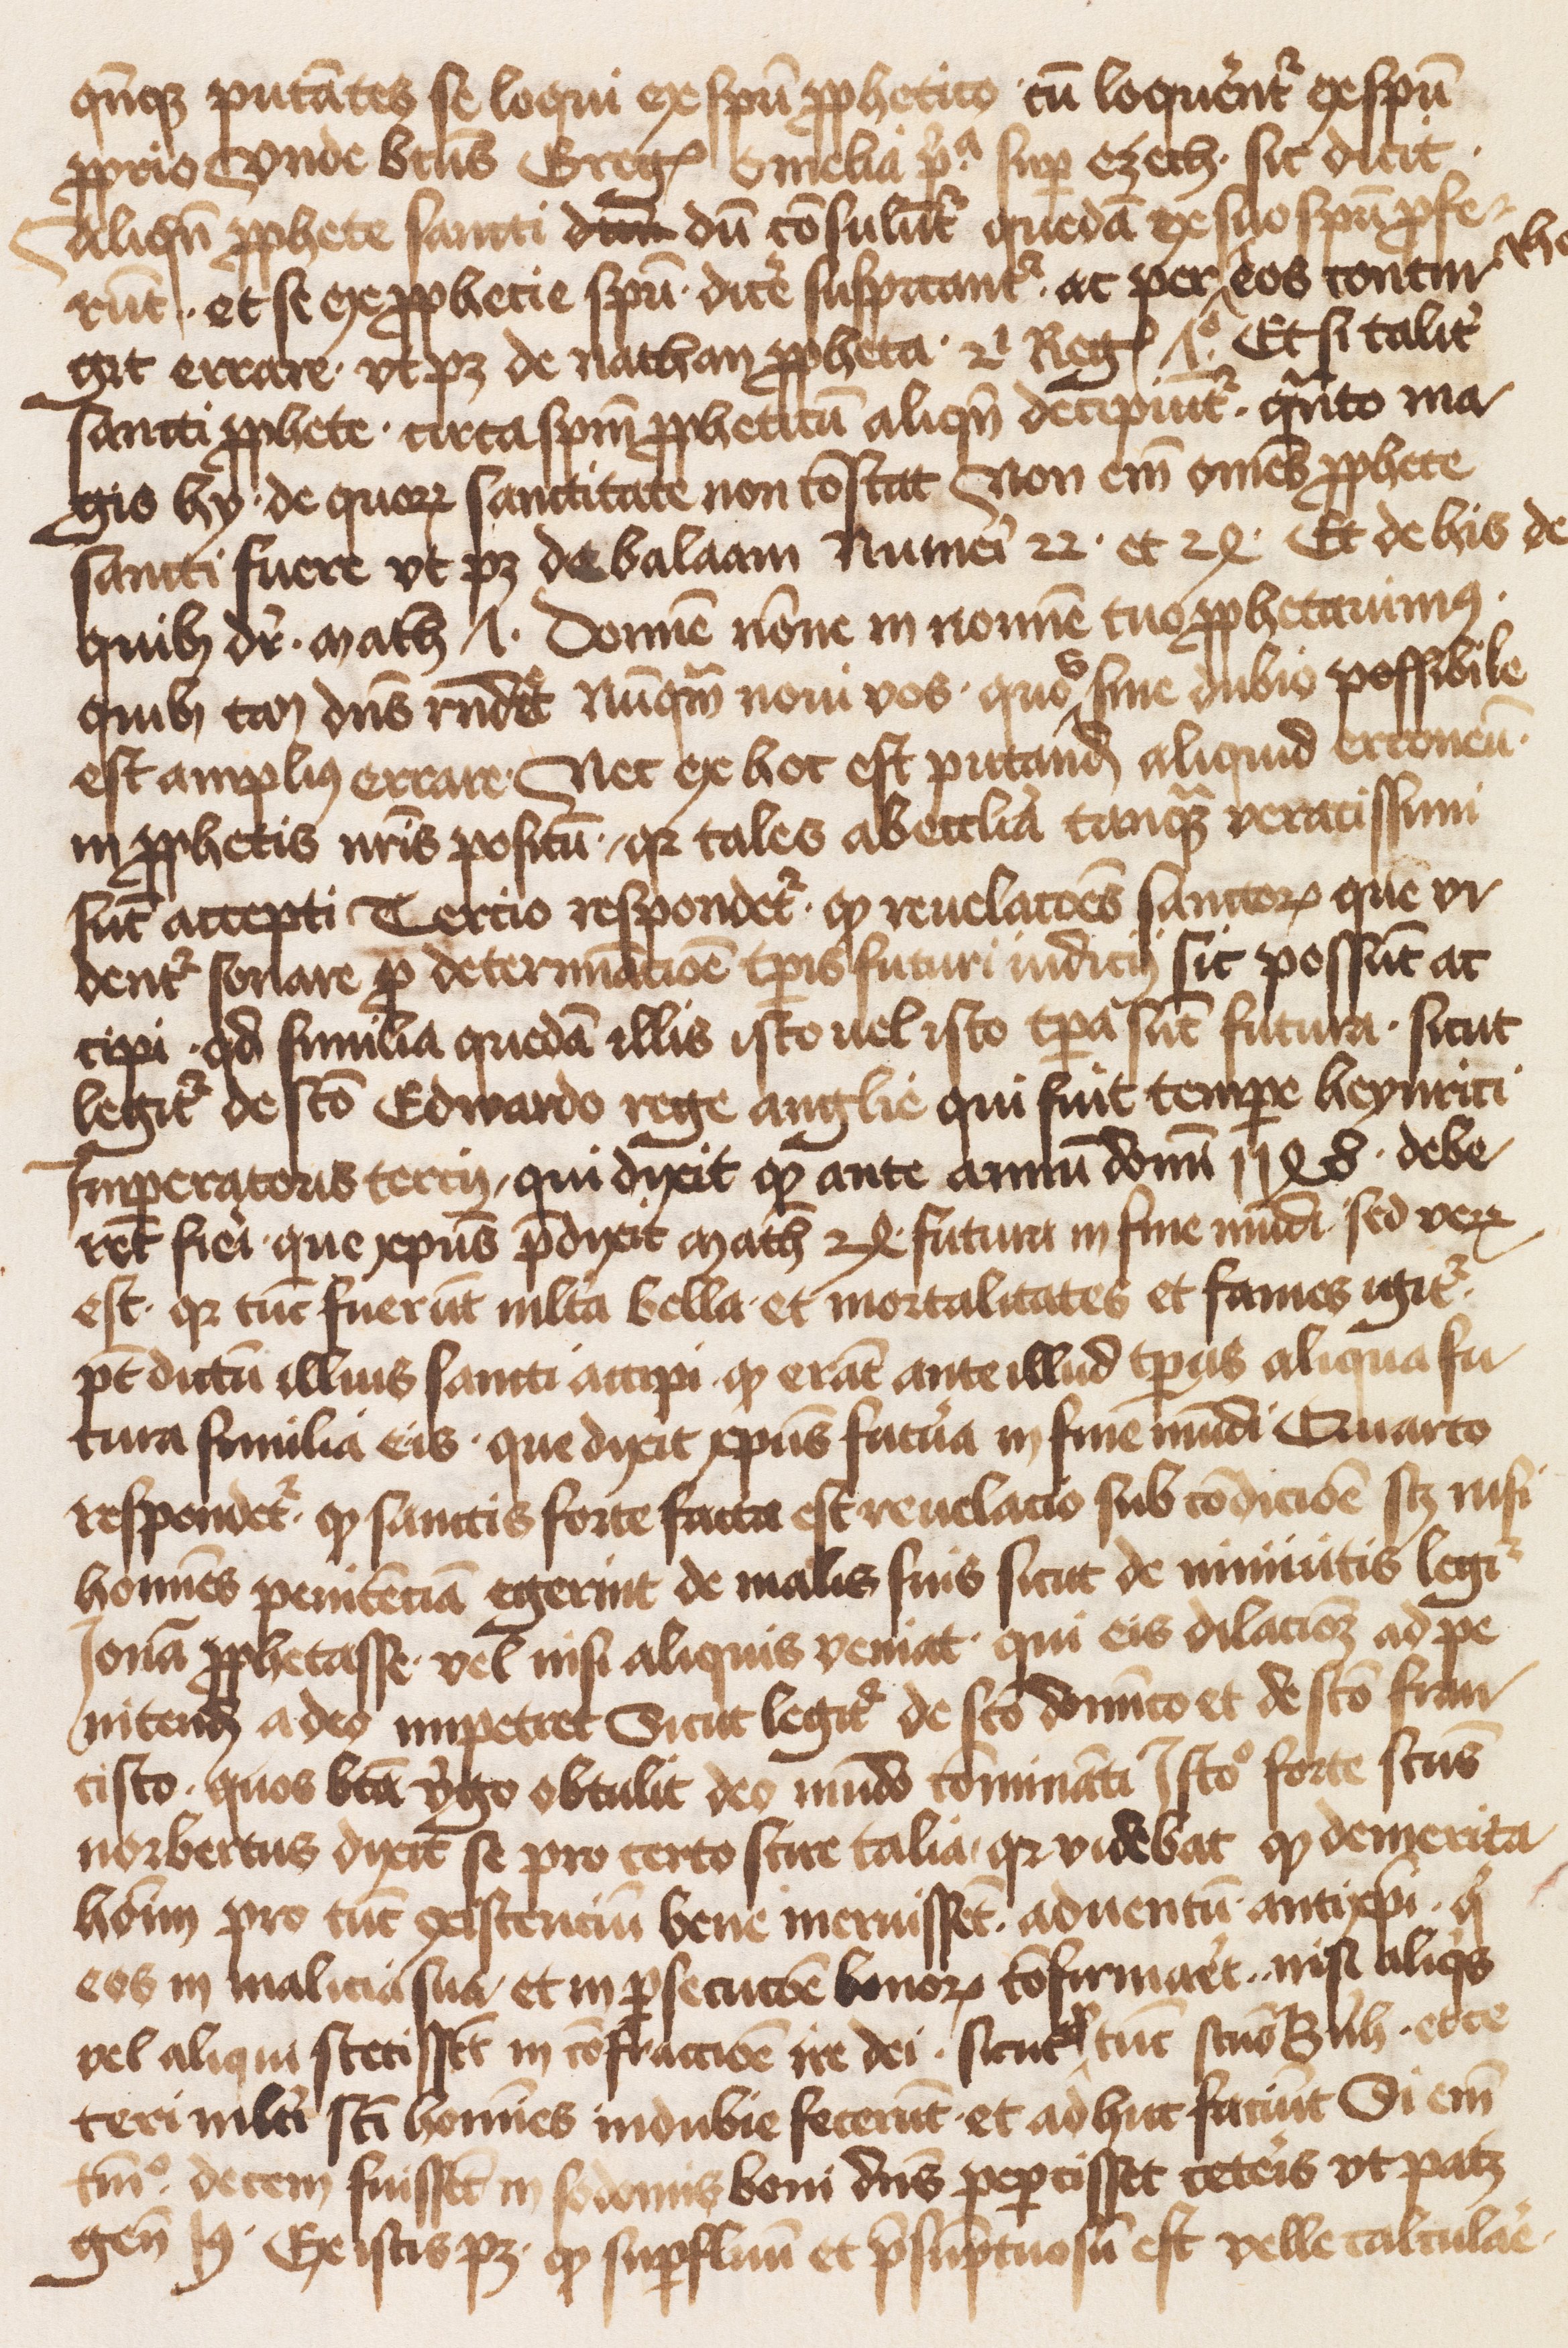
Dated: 1471–1501